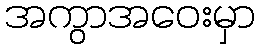
အကွာအဝေးမှာ